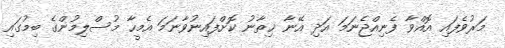
މަރުވެފައި އޮއްވާ ފެނިއްޖެނަމަ އަދި އޭނާ ޚިތާނު ކޮށްފައިނުވާނަމަ އެމީހާ މުސްލިމުންގެ ބިމުގައި